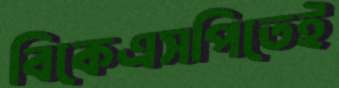
বিকেএসপিতেই